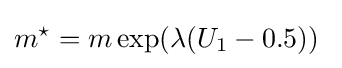
m^{\star }=m\exp(\lambda (U_{1}-0.5))\